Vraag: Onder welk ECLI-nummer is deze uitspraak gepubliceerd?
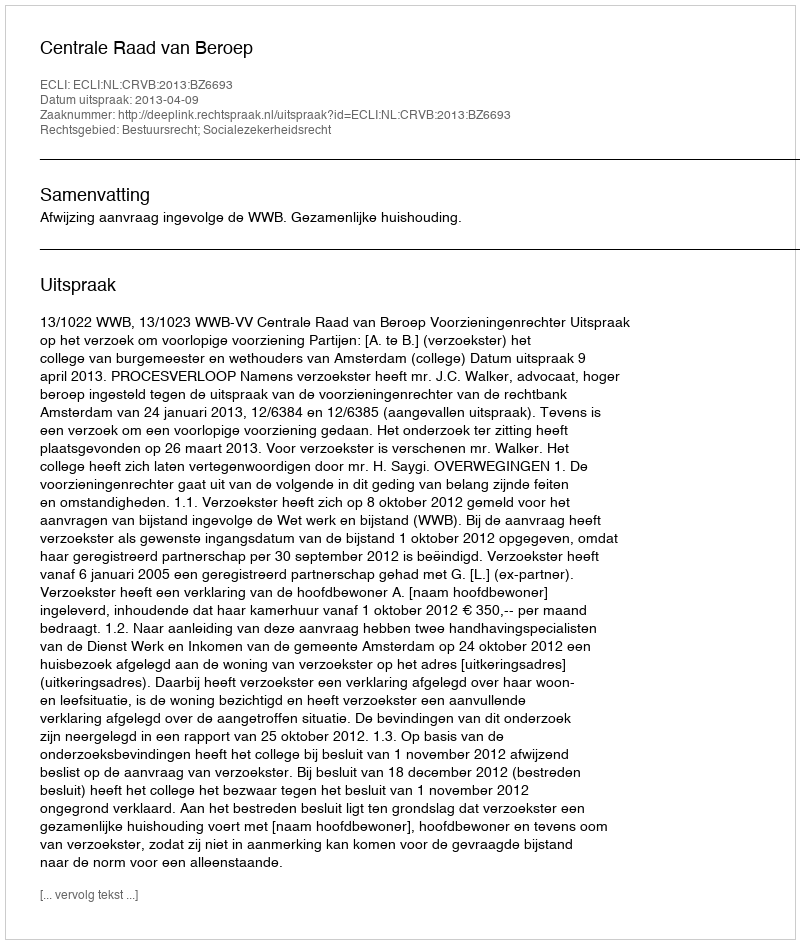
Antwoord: ECLI:NL:CRVB:2013:BZ6693